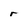
Character: r